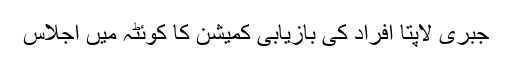
جبری لاپتا افراد کی بازیابی کمیشن کا کوئٹہ میں اجلاس